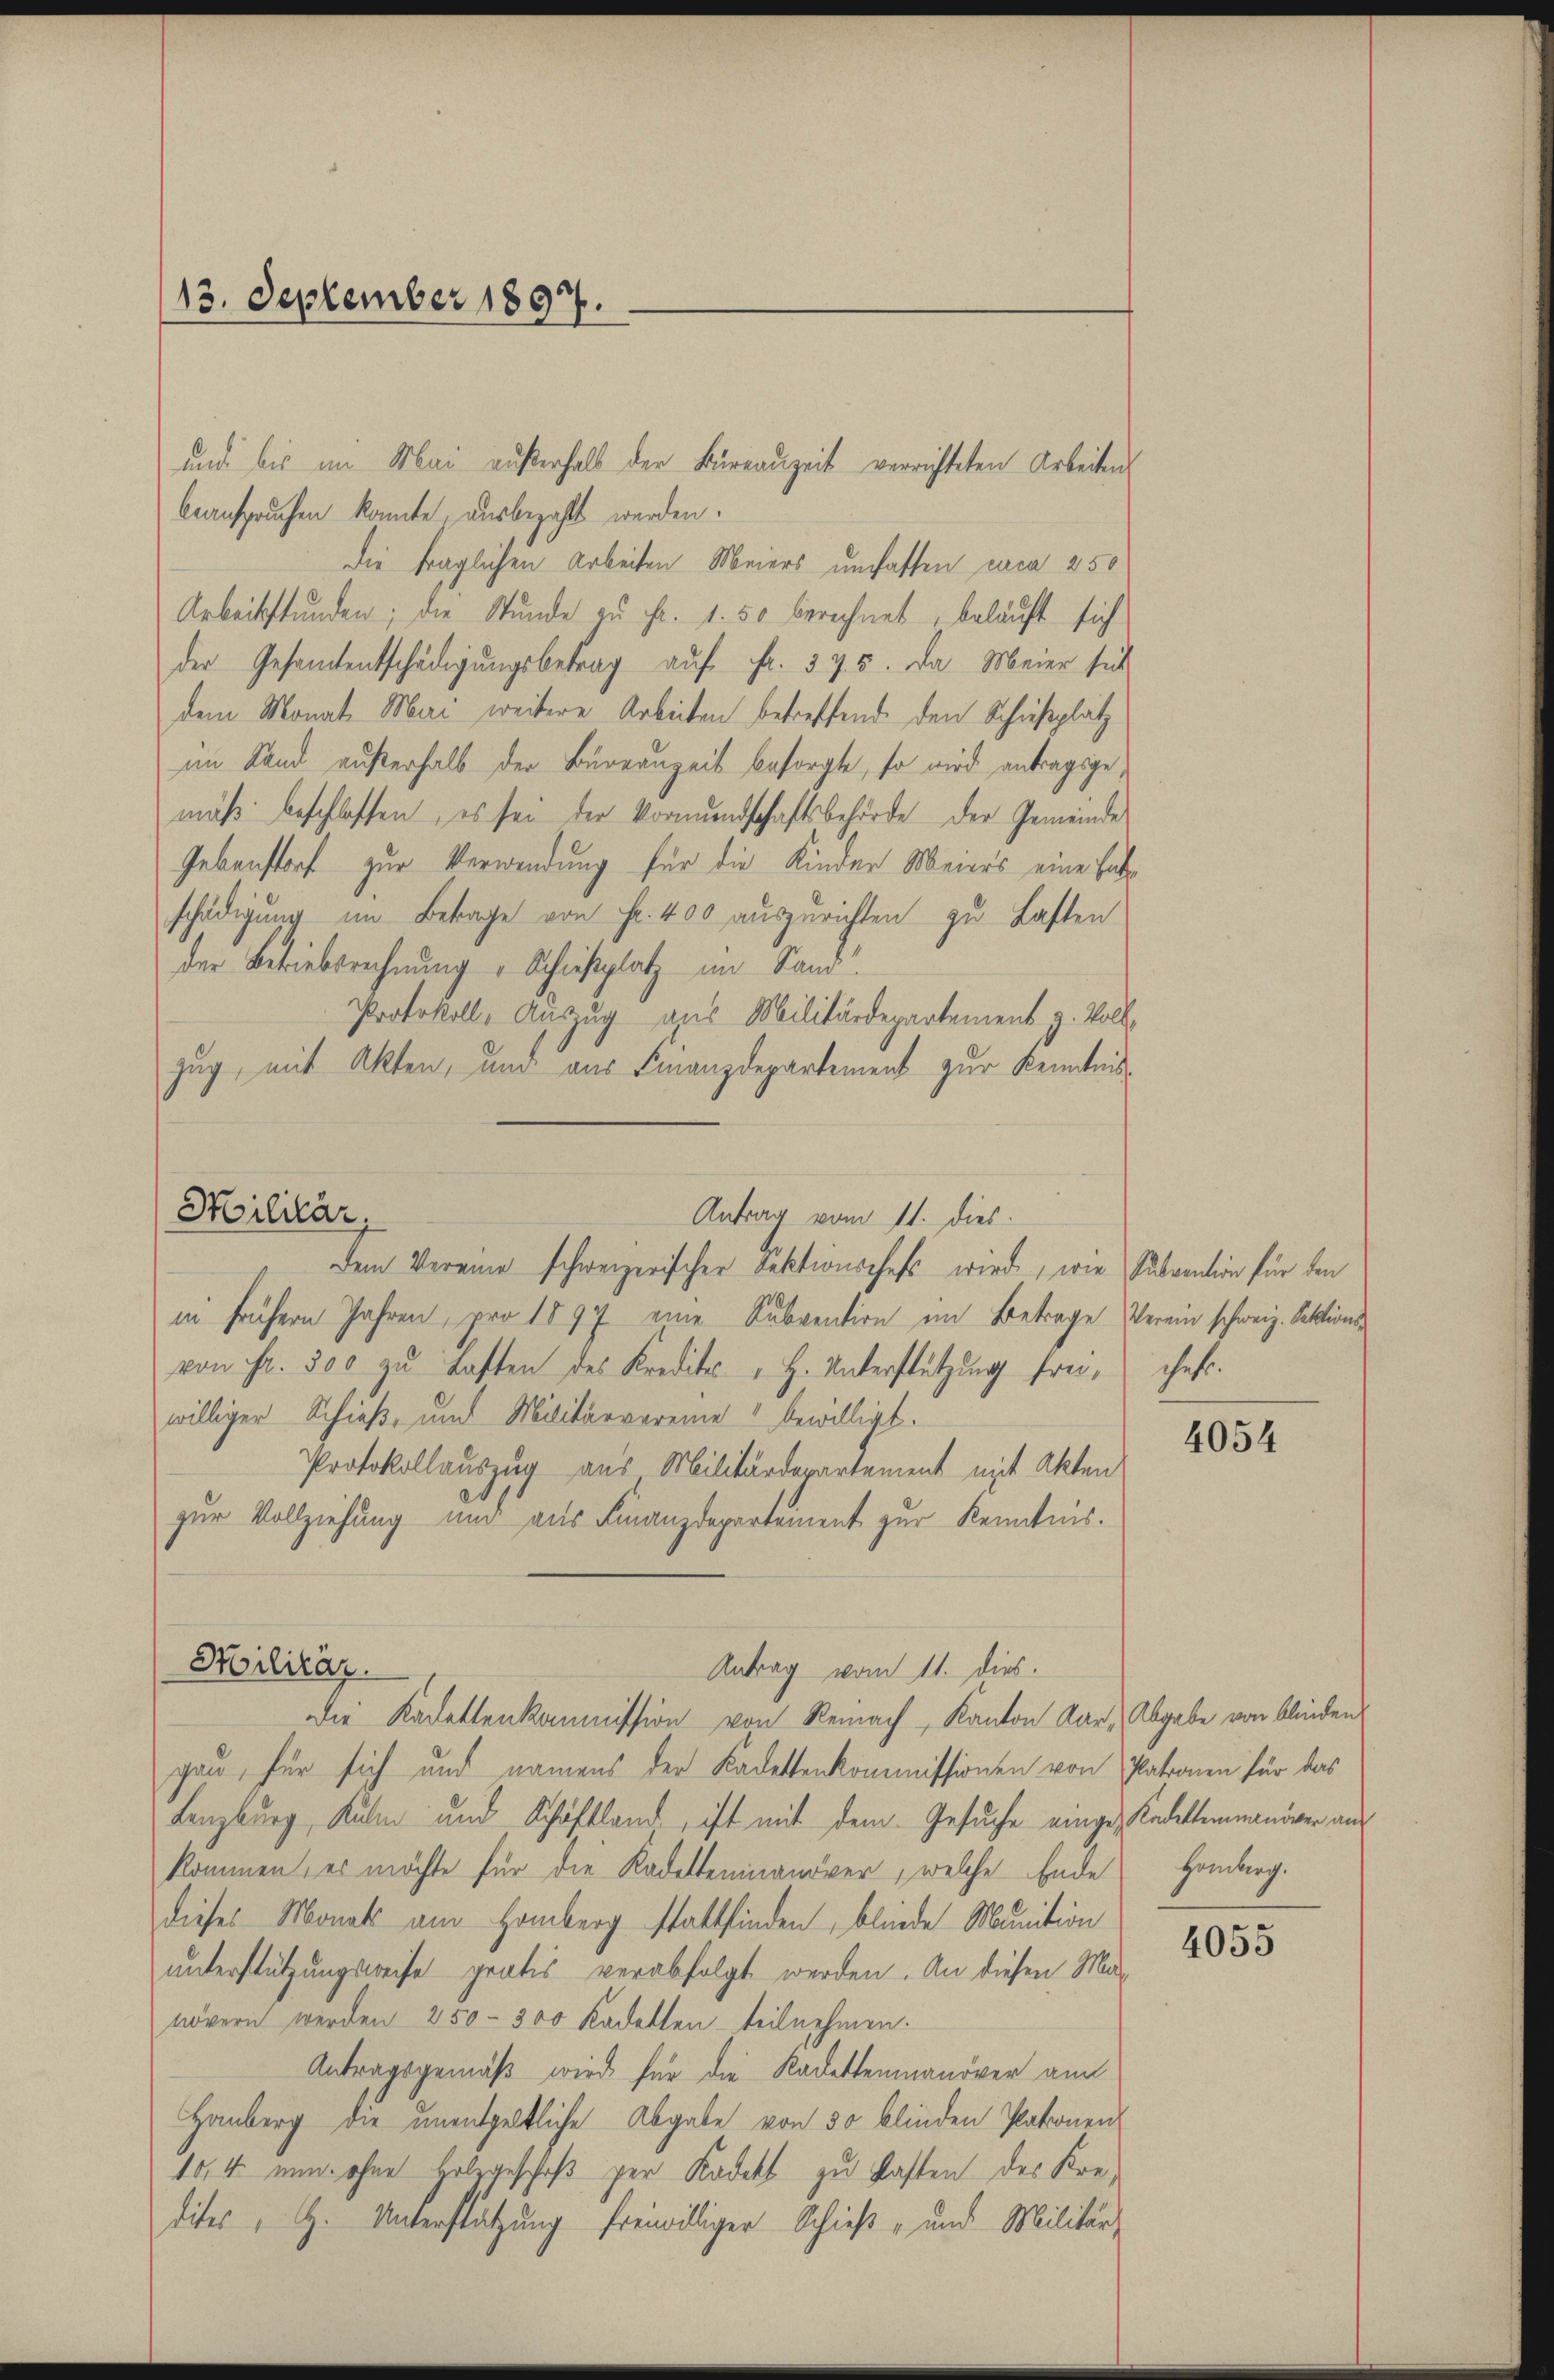
und bis im Mai außerhalb der Büreauzeit verrichteten Arbeitens
beanspruchen konnte, ausbezahlt werden.
die fraglichen Arbeiten Meiers umfassen circa 250
Arbeitsstunden; die Stunde zu Fr. 1. 50 berechnet, beläuft sich
der Gesamtentschädigungsbetrag auf Fr. 375. Da Meier sich
dem Monat Mai weitere Arbeiten betreffend den Schießplatz
im Land außerhalb der Büreauzeit besorgte, so wird antragsgemäß beschlossen, es sei der Vormundschaftsbehörde der Gemeinde
Gebenstorf zur Verwendung für die Kinder Meiers eine hat
schädigung im Betrage von Fr. 400 auszurichten zu Lasten
der Betriebsrechnung, Schießplatz im Sand.
Protokoll, Auszug aus Militärdepartement z. Voll-
zug, mit Akten, und aus Finanzdepartement zur Kenntnis¬

13. September 1897.

Militar.
Antrag vom 11. dies.
Dem Vereine schweizerischer Sektionschaft würde, wie

in frühern Jahren, pro 1897 eine Subvention im Betrage Verein schweiz. Sektionsvon Fr. 500 zu Lasten des Kredito " H. Unterstützung freiwilliger Schieß- und Militärvereine" bewilligt.
Protokollauszug aus Militärdepartement mit Akten
zur Vollziehung und aus Finanzdepartement zur Kenntnis.

Militär.
Antrag vom 11. dies.
Die Kadettenkommission von Reinach Kanton Kar, Abgabe von blinden

gau, für sich und namens der Kadettenkommissionen von Patronen für das
Lenzburg, Kulm und Schäftland, ist mit dem Gesuche eingen Kadettenmanöver auf
kommen, es möchte für die Kadetteninanöver, welche Ende Homberg.
dieses Monats am Homberg stattfinden, blinde Munition
unterstützungsweise gratis verabfolgt werden. An diesen Ma-
növern werden 250 - 300 Kadettenteilnehmen.
Antragsgemäß wird für die Kadettenmanöver an
Hanberg die unentgeltliche Abgabe von 30 blinden Patronen
15,4 nun ohne Holzgeschoß per Kadett zu fasten des Kredites H. Unterstützung freiwilliger Schieß- und Militär-

Subvention für den
chet.

4054

4055